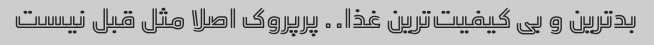
بدترین و بى کیفیت‌ترین غذا.. پرپروک اصلا مثل قبل نیست